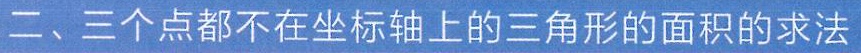
二、三个点都不在坐标轴上的三角形的面积的求法